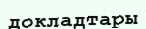
докладтары